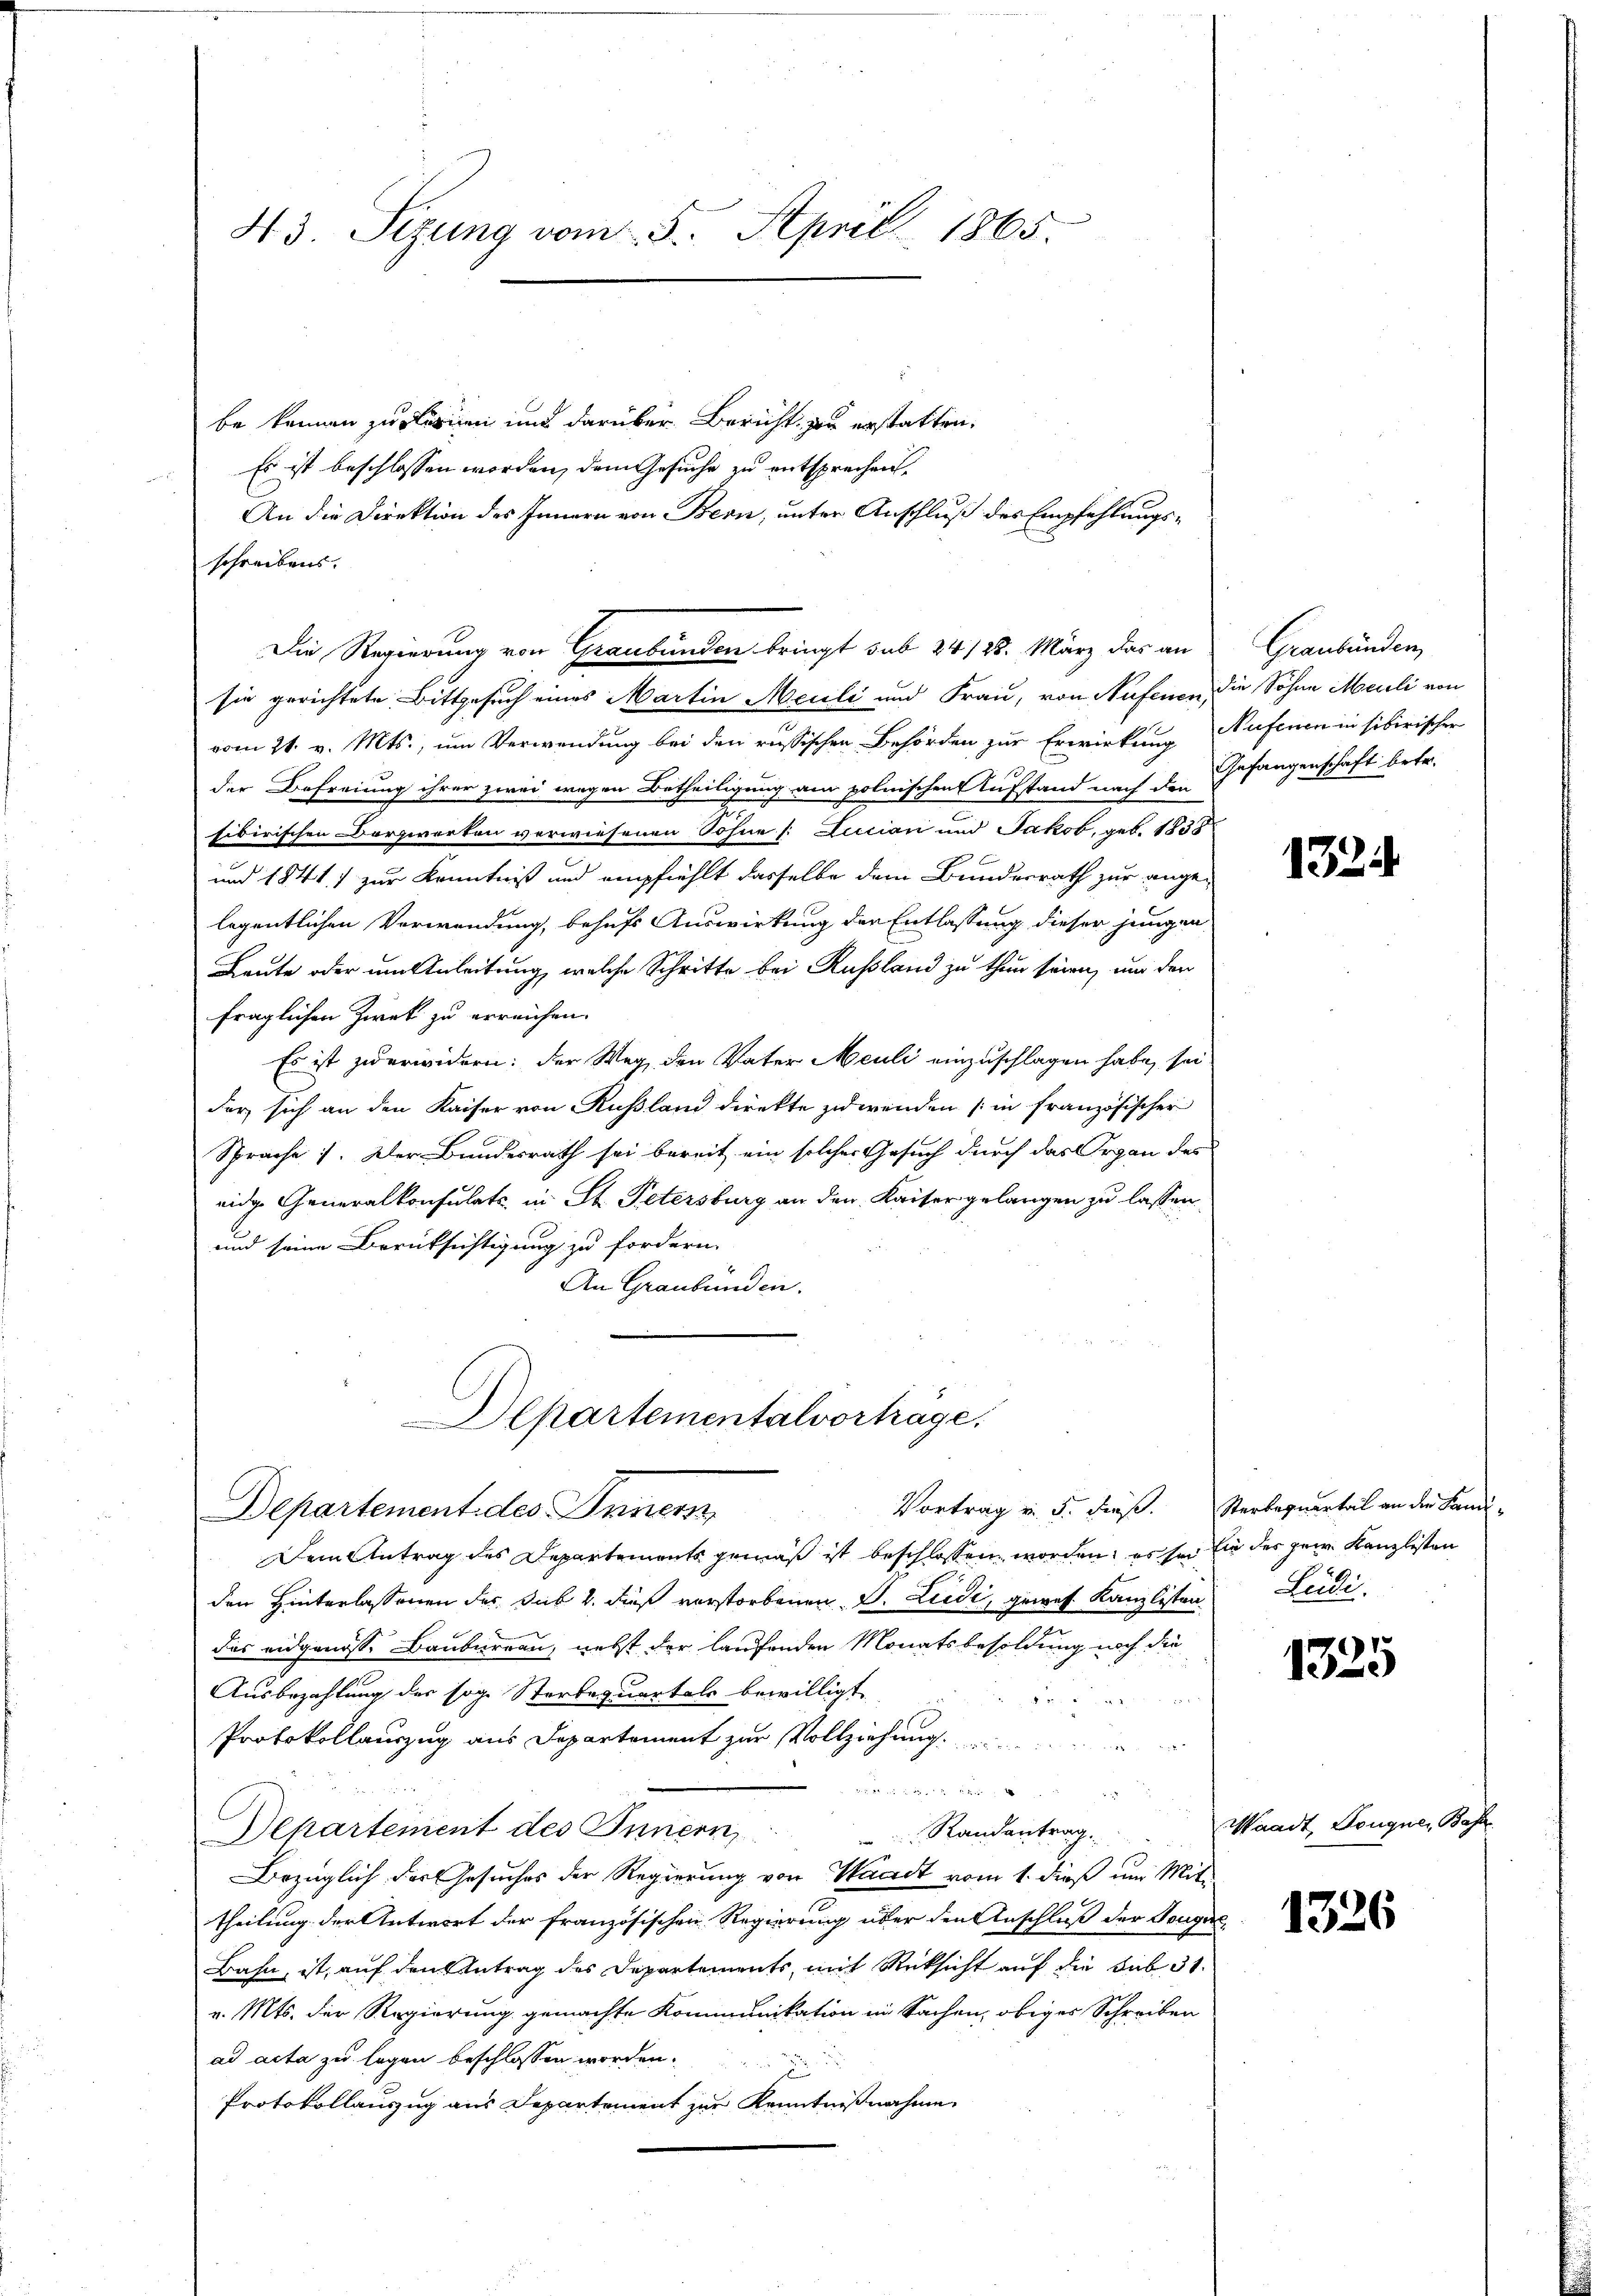
43. Sizung vom 5. April 1865.

be können zu lernen und darüber Bericht zu erstatten.
Es ist beschlossen worden, dem Gesuche zu entsprechen.
An die Direktion des Innern von Bern, unter Anschluß des Empfehlungsschreibens.
sie gerichtete Bittgesuch eines Martin Meuli und Frau, von Nufenen
vom 21. v. Mts., um Verwendung bei den russischen Behörden zur Erwirkung
der Befreiung ihrer zwei wegen Betheiligung am polnischen Aufstand nach den
sibirischen Dorzwerten verwiesenen Sohne [: Lucian und Jakob, geb. 1838
und 1841 zur Kenntniß und empfiehlt dasselbe dem Bundesrath zur angelegentlichen Verwendung, behufs Auswirkung der Entlassung dieser jungen
Leute oder um Anleitung, welche Schritte bei Rußland zu thun seien, und der
fraglichen Zwek zu erreichen.
Es ist zuerwidern: der Weg den Vater Meuli einzuschlagen habe, sei
der sich an den Kaiser von Rußland direkte zuwenden (in französischer
Sprache. Der Bundesrath sei bereit ein solcher Gesuch durch das Organ des
eidge Generalkonsulats, in St. Petersburg an den Kaiser gelangen zu lassen.
und seine Berüksichtigung zu fordern.
An Graubünden.
Departementalvortrage.
Vortrag v. 5. dieß.
Departement des Innern
Dem Antrag des Departements gemäß ist beschlossen worden, es sei
den Hinterlassenen des Sub 2. dieß verstorbenen d. Liede, gewes Kanzlisten Leidi
das eidgenosse Baubureau, nebst der laufenden Monatsbesoldung noch die
Ausbezahlung der sog. Sterbequartals bewilligt
Protokollauszug aus Departement zur Vollziehung
u
  d
Departement des Innern,
 Randantrag.
Bezüglich der Gesuches der Regierung von Waadt vom 1. dieß um Mit-
theilung der Antwort der französischen Regierung über den Anschluß der Tongue
Bahn, ist, auf den Antrag des Departements, mit Rücksicht auf die sub 31.
v. Mts. der Regierung gemachte Kommunikation in Sachen, obiges Schreiben
ad acta zu legen beschlossen worden.
Protokollauszug aus Departement zur Kenntnißnahme.

Die Regierung von Graubünden bringt sub 24/28. März das an

Graubünden
die Söhne Mauli von
Nufenen in sibirischer
Gefangenschaft betr.

1324

Sterbequartal an der Sani¬
Ein des gern Kanzlisten

1325

Waadt, Dougnen Base

1326